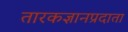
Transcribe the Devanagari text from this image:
तारकज्ञानप्रदाता